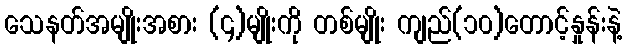
သေနတ်အမျိုးအစား (၄)မျိုးကို တစ်မျိုး ကျည်(၁၀)တောင့်နှုန်းနဲ့